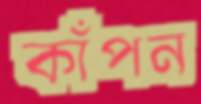
কাঁপন